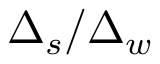
\Delta _ { s } / \Delta _ { w }